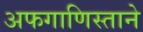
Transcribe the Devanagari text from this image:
अफगाणिस्ताने